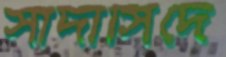
সাদাসিদে